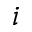
i